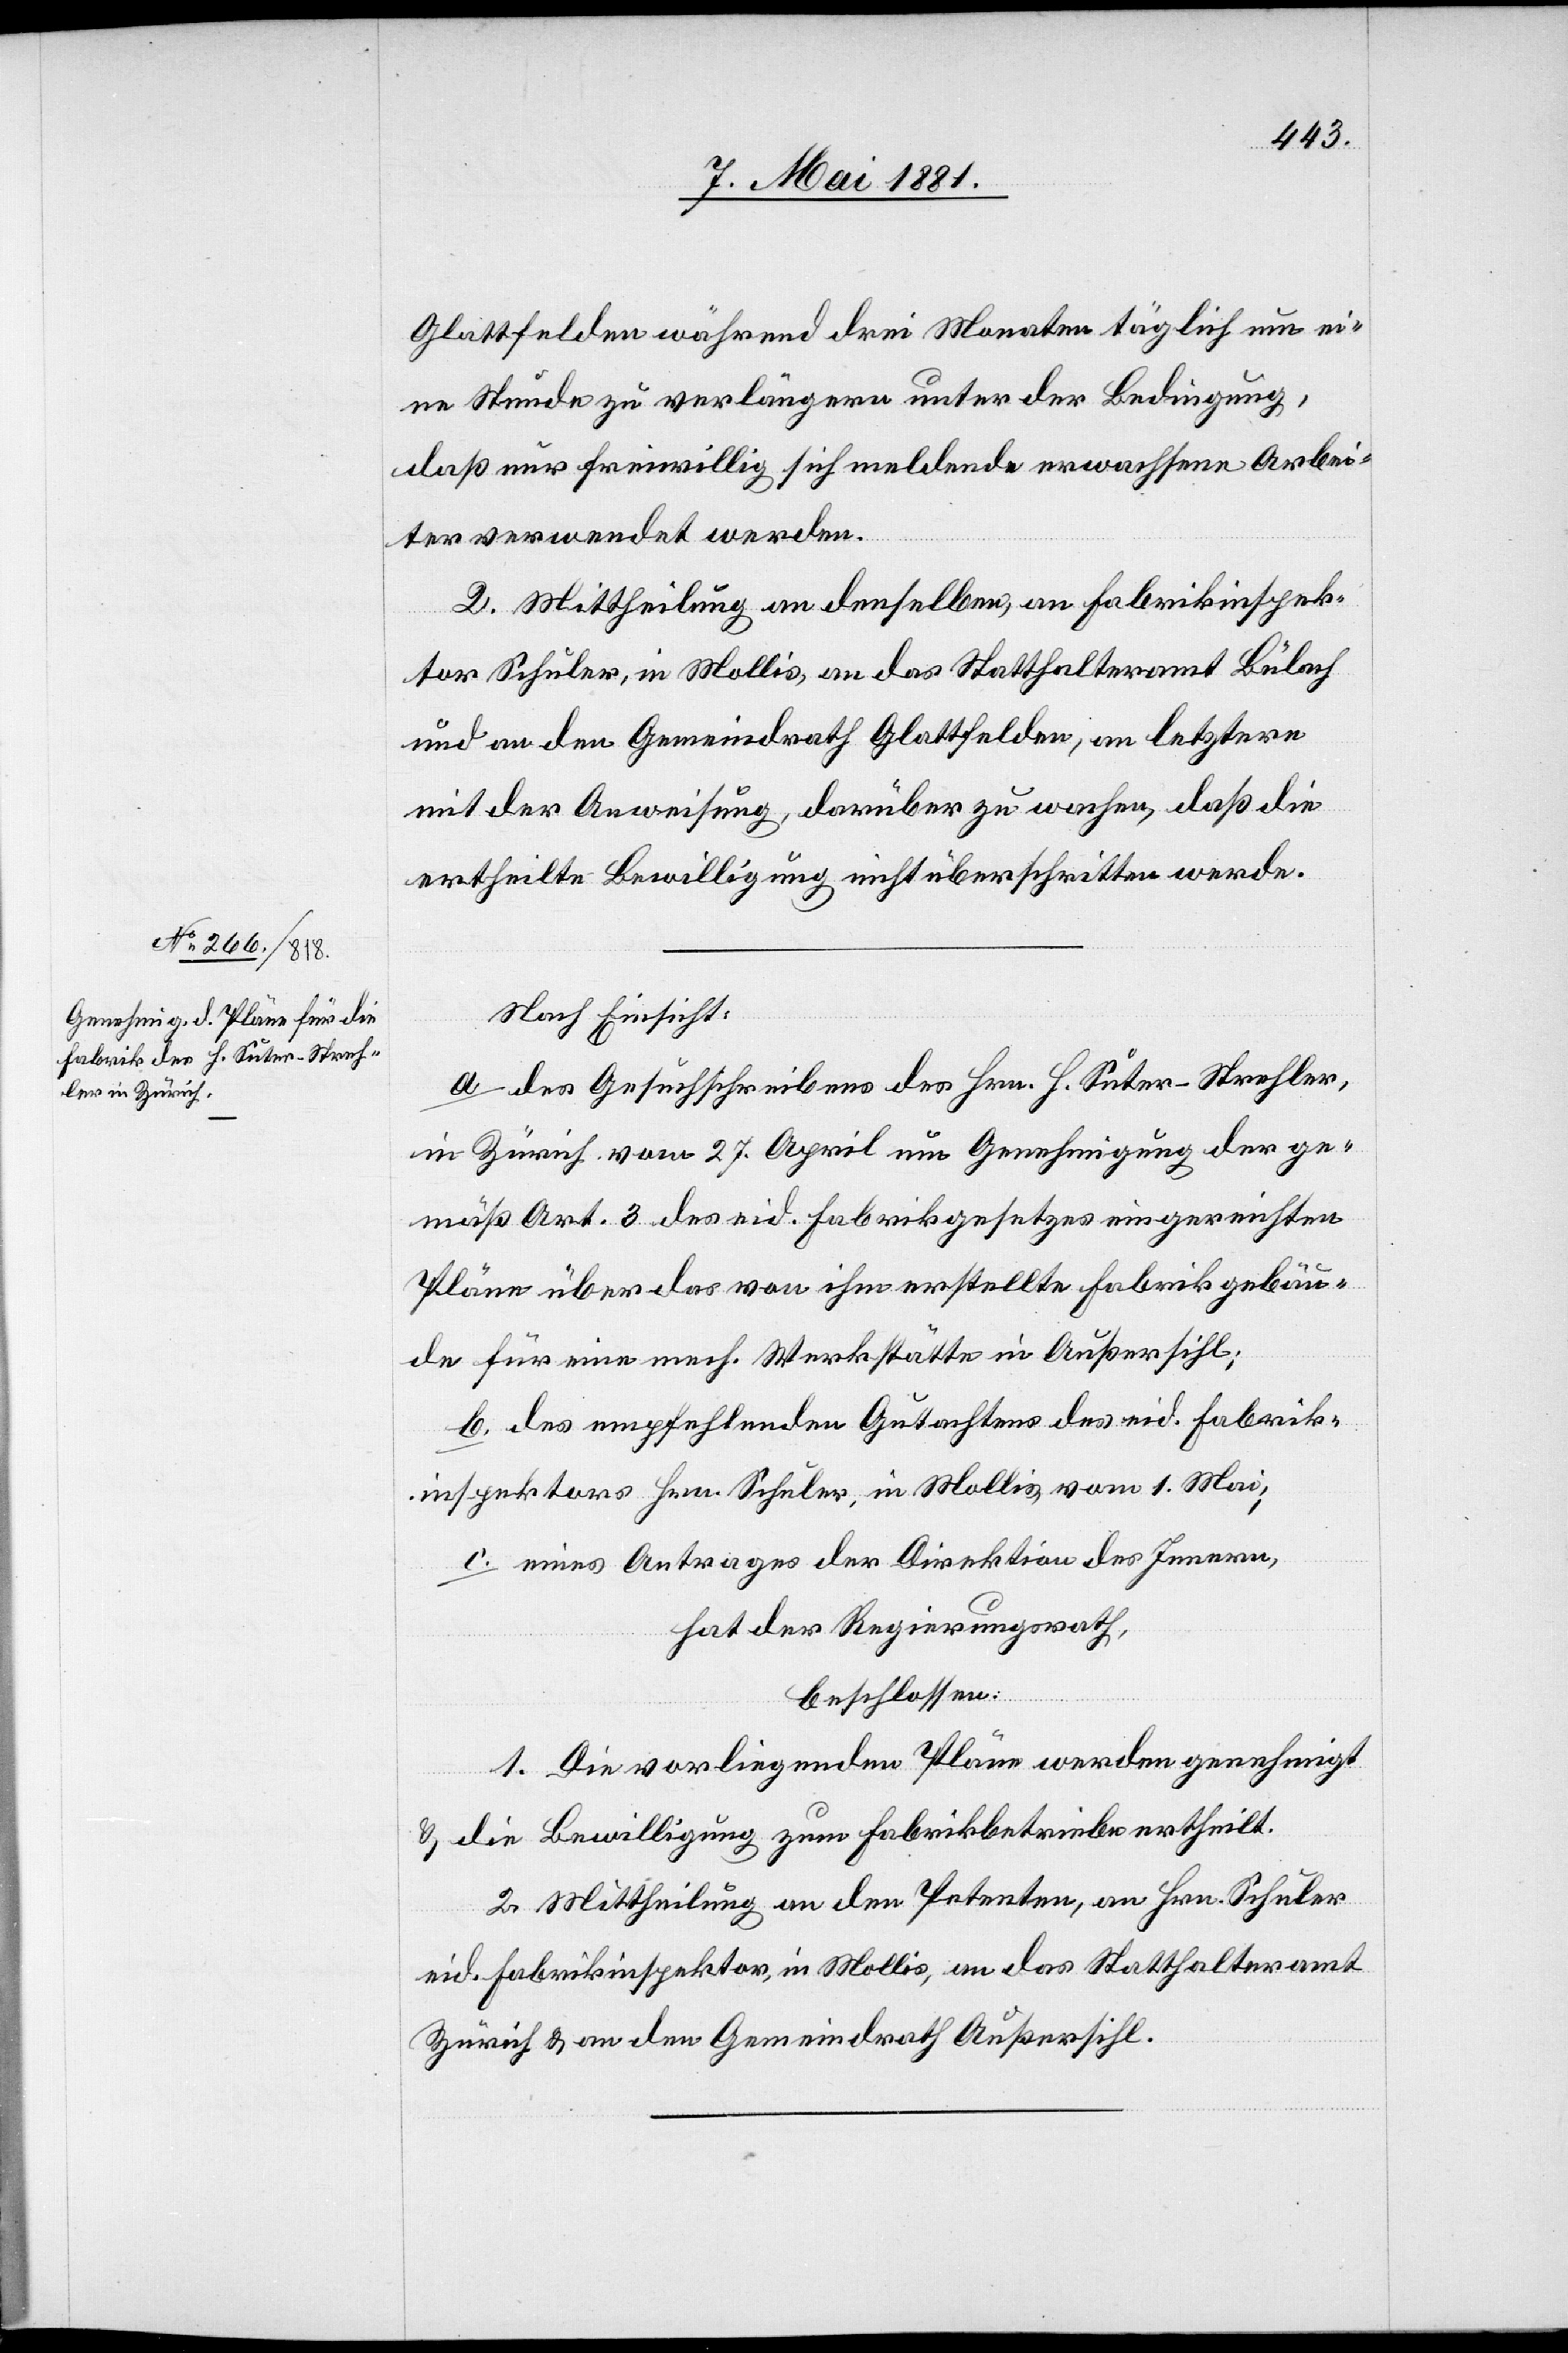
Glattfelden während drei Monaten täglich um ei¬
ne Stunde zu verlängern unter der Bedingung,
daß nur freiwillig sich meldende erwachsene Arbei¬
ter verwendet werden.
2. Mittheilung an denselben, an Fabrikinspek¬
tor Schuler, in Mollis, an das Statthalteramt Bülach
und an den Gemeindrath Glattfelden, an letztern
mit der Anweisung, darüber zu wachen, daß die
ertheilte Bewilligung nicht überschritten werde.
Nach Einsicht:
a. der Gesuchschreiben des Hrn. H. Suter-Strehler,
in Zürich vom 27. April um Genehmigung der ge¬
mäß Art. 3 des eid. Fabrikgesetzes eingereichten
Pläne über das von ihm erstellte Fabrikgebäu¬
de für eine mech. Werkstätte in Außersihl;
b. des empfehlenden Gutachtens des eid. Fabrik¬
inspektors Hrn. Schuler, in Mollis, vom 1. Mai;
c. eines Antrages der Direktion des Innern,
hat der Regierungsrath,
beschlossen:
1. Die vorliegenden Pläne werden genehmigt
& die Bewilligung zum Fabrikbetriebe ertheilt.
2. Mittheilung an den Petenten, an Hrn. Schuler
eid. Fabrikinspektor, in Mollis, an das Statthalteramt
Zürich & an den Gemeindrath Außersihl.